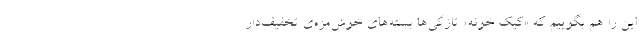
این را هم بگوییم که «کیکِ خونه» تازگی‌ها بسته‌های خوش‌مزه‌ی تخفیف‌دار